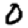
Digit: 0